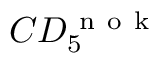
C D _ { 5 } ^ { \mathrm { ~ n ~ o ~ k ~ } }